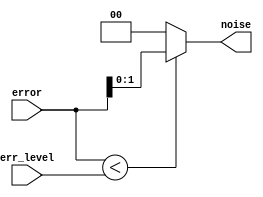
module noise_generator (error, noise,err_level);
	// Output signals for the design module
	/**
	 * Propagated and random error bits from the input that will
	 * be used to corrupt encoded data bits
	 */
	output [1:0] noise;
	
	
	
	
	
	// Input signals for the design module
	/**
	 * Propagated random error bits to generate noise to corrupt
	 * the encoded data bits
	 */
	input [7:0] error;
	/**
	 * Error level that will be used to generate noise that will
	 * be used to corrupt encoded data bits
	 *
	 * Randomly generated error bits will be compared with this
	 * error level
	 */
	input [7:0] err_level;
	
	
	
	
	
	// Declare "reg" signals... that will be assigned values
	reg [1:0] noise;
	
	
	// Declare "wire" signals...
	// Defining constants: parameter [name_of_constant] = value;
	
	

	/**
	 * Generate random noise - error bits - that will corrupt
	 * the encoded data bits
	 */
	always@(error)
	begin
		// If the randomly generated error bits < the error level
		if (error < err_level)
			/**
			 * Use the least two significant error bits to corrupt
			 * the encoded data
			 */
			noise = error[1:0];
		else
			/**
			 * Do not corrupt the encoded data since the error
			 * bits have generated a value greater than the noise
			 * threshold/ceiling (error level)
			 *
			 * Since there is no noise above the noise ceiling,
			 * there is no noise.
			 */
			noise = 2'b00;
	end
	
endmodule